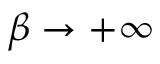
\beta \to + \infty